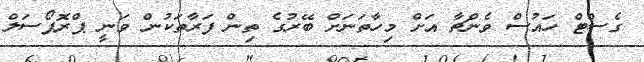
ގެސްޓް ހައުސް ވެންޗާ އަށް މިހާތަނަށް ބޭރުގެ ތިން ފަރާތަކުން ވަނީ ޕްރޮޕޯސަލް